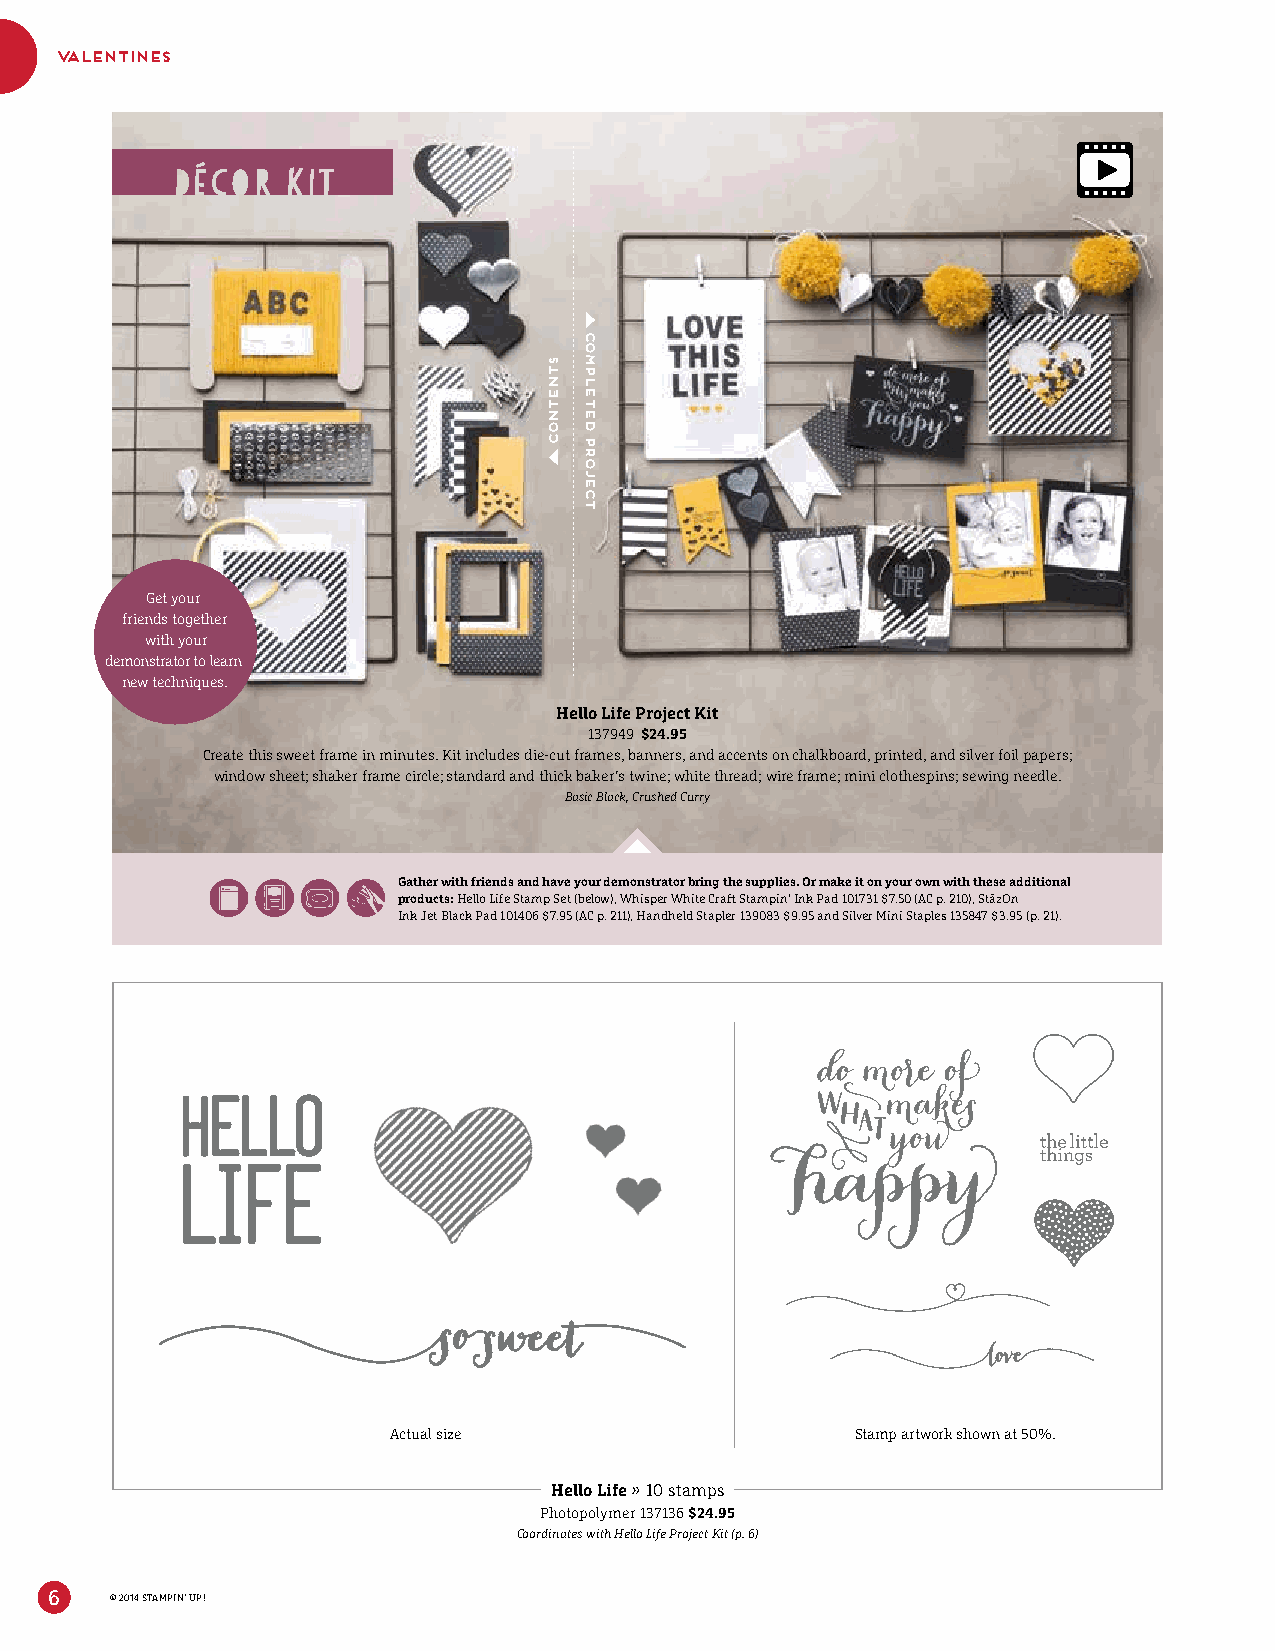
valentines
 Get your
 friends together
 with your
 demonstrator to learn
 new techniques.
 Hello Life Project Kit
 137949 $24.95
 Create this sweet frame in minutes. Kit includes die-cut frames, banners, and accents on chalkboard, printed, and silver foil papers;
 window sheet; shaker frame circle; standard and thick baker’s twine; white thread; wire frame; mini clothespins; sewing needle.
 Basic Black, Crushed Curry
 Gather with friends and have your demonstrator bring the supplies. Or make it on your own with these additional
 products: Hello Life Stamp Set (below), Whisper White Craft Stampin’ Ink Pad 101731 $7.50 (AC p. 210), StāzOn
 Ink Jet Black Pad 101406 $7.95 (AC p. 211), Handheld Stapler 139083 $9.95 and Silver Mini Staples 135847 $3.95 (p. 21).
 Actual size                    Stamp artwork shown at 50%.
 Hello Life » 10 stamps
 Photopolymer 137136 $24.95
 Coordinates with Hello Life Project Kit (p. 6)
 6   © 2014 STAMPIN’ UP!
 stnetnoC
 Completed
 Project